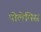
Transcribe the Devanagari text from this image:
पोलेमिस